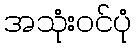
အသုံးဝင်ပုံ